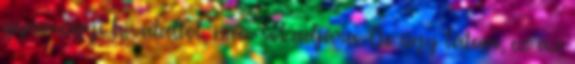
gyámügyi hivataltól, már sokadjára. De úgy látom, ez az